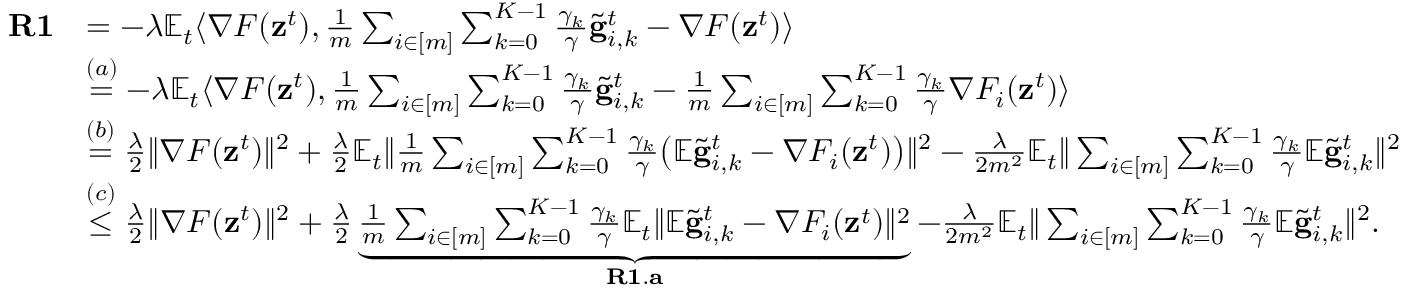
\begin{array} { r l } { \mathbf { R 1 } } & { = - \lambda \mathbb { E } _ { t } \langle \nabla F ( \mathbf { z } ^ { t } ) , \frac { 1 } { m } \sum _ { i \in [ m ] } \sum _ { k = 0 } ^ { K - 1 } \frac { \gamma _ { k } } { \gamma } \tilde { \mathbf { g } } _ { i , k } ^ { t } - \nabla F ( \mathbf { z } ^ { t } ) \rangle } \\ & { \overset { ( a ) } { = } - \lambda \mathbb { E } _ { t } \langle \nabla F ( \mathbf { z } ^ { t } ) , \frac { 1 } { m } \sum _ { i \in [ m ] } \sum _ { k = 0 } ^ { K - 1 } \frac { \gamma _ { k } } { \gamma } \tilde { \mathbf { g } } _ { i , k } ^ { t } - \frac { 1 } { m } \sum _ { i \in [ m ] } \sum _ { k = 0 } ^ { K - 1 } \frac { \gamma _ { k } } { \gamma } \nabla F _ { i } ( \mathbf { z } ^ { t } ) \rangle } \\ & { \overset { ( b ) } { = } \frac { \lambda } { 2 } \Vert \nabla F ( \mathbf { z } ^ { t } ) \Vert ^ { 2 } + \frac { \lambda } { 2 } \mathbb { E } _ { t } \Vert \frac { 1 } { m } \sum _ { i \in [ m ] } \sum _ { k = 0 } ^ { K - 1 } \frac { \gamma _ { k } } { \gamma } \bigl ( \mathbb { E } \tilde { \mathbf { g } } _ { i , k } ^ { t } - \nabla F _ { i } ( \mathbf { z } ^ { t } ) \bigr ) \Vert ^ { 2 } - \frac { \lambda } { 2 m ^ { 2 } } \mathbb { E } _ { t } \Vert \sum _ { i \in [ m ] } \sum _ { k = 0 } ^ { K - 1 } \frac { \gamma _ { k } } { \gamma } \mathbb { E } \tilde { \mathbf { g } } _ { i , k } ^ { t } \Vert ^ { 2 } } \\ & { \overset { ( c ) } { \leq } \frac { \lambda } { 2 } \Vert \nabla F ( \mathbf { z } ^ { t } ) \Vert ^ { 2 } + \frac { \lambda } { 2 } \underbrace { \frac { 1 } { m } \sum _ { i \in [ m ] } \sum _ { k = 0 } ^ { K - 1 } \frac { \gamma _ { k } } { \gamma } \mathbb { E } _ { t } \Vert \mathbb { E } \tilde { \mathbf { g } } _ { i , k } ^ { t } - \nabla F _ { i } ( \mathbf { z } ^ { t } ) \Vert ^ { 2 } } _ { \mathbf { R 1 . a } } - \frac { \lambda } { 2 m ^ { 2 } } \mathbb { E } _ { t } \Vert \sum _ { i \in [ m ] } \sum _ { k = 0 } ^ { K - 1 } \frac { \gamma _ { k } } { \gamma } \mathbb { E } \tilde { \mathbf { g } } _ { i , k } ^ { t } \Vert ^ { 2 } . } \end{array}